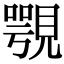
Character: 覨